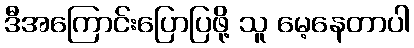
ဒီအကြောင်းပြောပြဖို့ သူ မေ့နေတာပါ